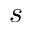
s